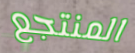
المنتجع